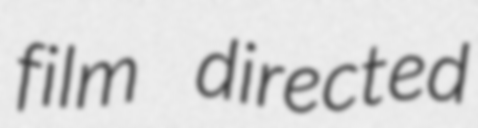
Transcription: film directed